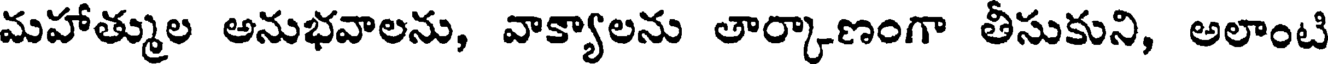
మహాత్ముల అనుభవాలను, వాక్యాలను తార్కాణంగా తీసుకుని, అలాంటి